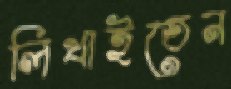
লিখাইতেন